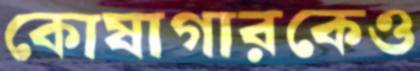
কোষাগারকেও